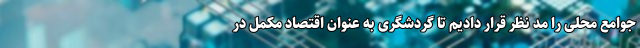
جوامع محلی را مد نظر قرار دادیم تا گردشگری به عنوان اقتصاد مکمل در